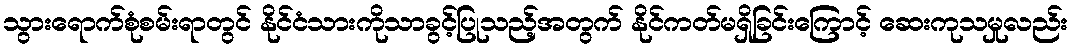
သွားရောက်စုံစမ်းရာတွင် နိုင်ငံသားကိုသာခွင့်ပြုသည့်အတွက် နိုင်ကတ်မရှိခြင်းကြောင့် ဆေးကုသမှုလည်း